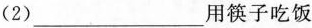
(2)___用筷子吃饭